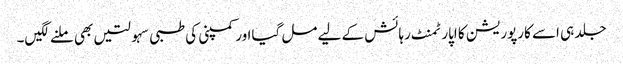
جلد ہی اسے کارپوریشن کا اپارٹمنٹ رہائش کے لیے مل گیااور کمپنی کی طبی سہولتیں بھی ملنے لگیں۔